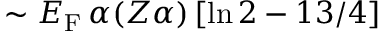
\sim E _ { \mathrm { F } } \, \alpha ( Z \alpha ) \left[ \ln 2 - 1 3 / 4 \right]